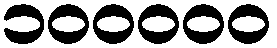
၁၀၀၀၀၀